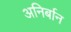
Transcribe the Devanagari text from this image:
अनिर्बान